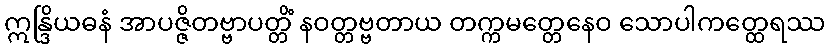
ဣန္ဒြိယဓနံ အာပဇ္ဇိတဗ္ဗာပတ္တိံ နဝတ္တဗ္ဗတာယ တက္ကမတ္တေနေဝ သောပါကတ္ထေရဿ